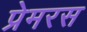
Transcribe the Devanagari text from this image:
प्रेमरस